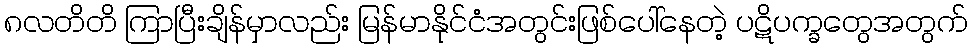
၈လတိတိ ကြာပြီးချိန်မှာလည်း မြန်မာနိုင်ငံအတွင်းဖြစ်ပေါ်နေတဲ့ ပဋိပက္ခတွေအတွက်